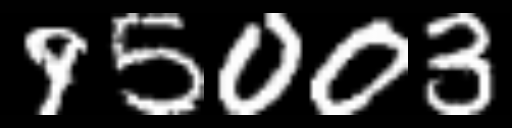
Text: 95003